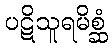
ပဋိသူရမိစ္ဆံ